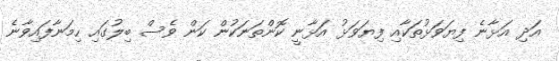
އަދި އަޅާނެ ފިޔަވަޅުތަކާއި ފިޔަވަޅު އަޅާނީ ކޮންތަނަކުން ކަން ވެސް ބިލުގައި ހިމަނާފައިވާނެ